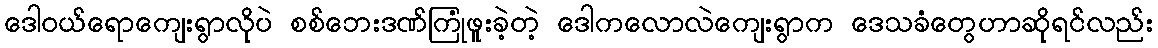
ဒေါဝယ်ရောကျေးရွာလိုပဲ စစ်ဘေးဒဏ်ကြုံဖူးခဲ့တဲ့ ဒေါကလောလဲကျေးရွာက ဒေသခံတွေဟာဆိုရင်လည်း